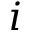
i